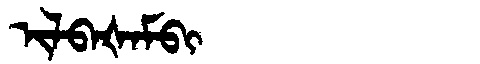
Manchu: ᡳᠯᠪᠠᡧᠠᠮᠪᡳ
Romanization: ILBAŠAMBI